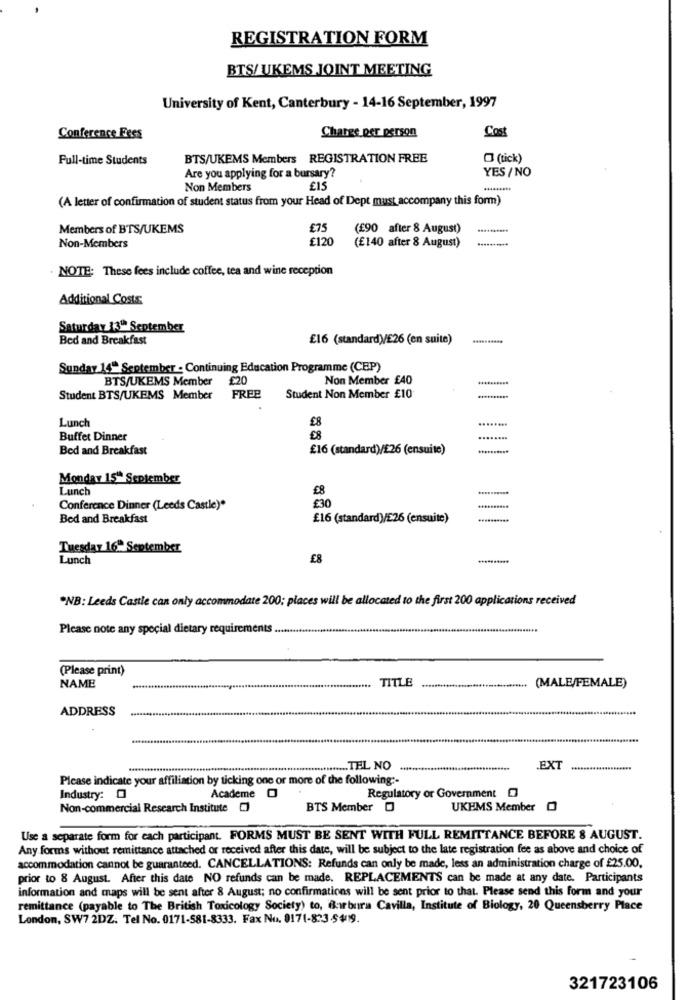
REGISTRATION FORM
BTS/ UKEMS JOINT MEETING
University of Kent, Canterbury - 14-16 September, 1997
Charge per person
Cost
Conference Fees
Full-time Students
BTS/UKEMS Members REGISTRATION FREE
0 (tick)
YES /NO
Are you applying for a bursary?
Non Members
EIS
(A letter of confirmation of student status from your Head of Dept must accompany this form)
Members of BTS/UKEMS
£75
(£90 after 8 August)
£120
Non-Members
(£140 after 8 August)
NOTE: These fees include coffee, tea and wine reception
Additional Costs
Saturday 13" September
Bed and Breakfast
£16 (standard)/£26 (en suite)
Sunday 14- September - Continuing Education Programme (CEP)
BTS/UKEMS Member
£20
Non Member £40
Student BTS/UKEMS Member
FREE
Student Non Member £10
Lunch
........
£8
Buffet Dinner
€8
.....
Bed and Breakfast
£16 (standard)/£26 (ensuite)
Monday 15" September
Lunch
£8
..........
£30
Conference Dinner (Leeds Castle)*
Bed and Breakfast
£16 (standard)/E26 (ensuite)
Tuesday 16. September
Lunch
£8
"NB: Leeds Castle can only accommodate 200; places will be allocated to the first 200 applications received
Please note any special dietary requirements
(Please print)
TITLE
(MALE/FEMALE)
NAME
ADDRESS
.......... TEL NO
.EXT
Please indicate your affiliation by ticking one or more of the following :-
Regulatory or Government 0
Industry: 0
Academe 0
Non-commercial Research Institute []
BTS Member 0
UKEMS Member 0
Use a separate form for each participant. FORMS MUST BE SENT WITH FULL REMITTANCE BEFORE 8 AUGUST.
Any forms without remittance attached or received after this date, will be subject to the late registration fee as above and choice of
accommodation cannot be guaranteed. CANCELLATIONS: Refunds can only be made, less an administration charge of £25.00,
prior to 8 August. After this date NO refunds can be made. REPLACEMENTS can be made at any date. Participants
information and maps will be sent after 8 August; no confirmations will be sent prior to that. Please send this form and your
remittance (payable to The British Toxicology Society) to, Borbura Cavilla, Institute of Biology, 20 Queensberry Place
London, SW7 2DZ. Tel No. 0171-581-8333. Fax No. 8171-833 -5409.
321723106